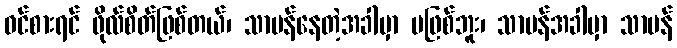
ဝင်စားရင် ဖိုလ်စိတ်ဖြစ်တယ်၊ သာမန်နေတဲ့အခါမှာ မဖြစ်ဘူး၊ သာမန်အခါမှာ သာမန်